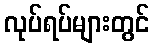
လုပ်ရပ်များတွင်